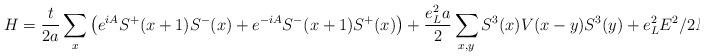
LaTeX: \begin{align*}H=\frac{t}{2a}\sum_x\left( e^{iA}S^+(x+1)S^-(x)+e^{-iA}S^-(x+1)S^+(x)\right)+\frac{e_L^2a}{2}\sum_{x,y}S^3(x)V(x-y)S^3(y)+e_L^2E^2/2N\end{align*}